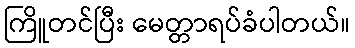
ကြိူတင်ပြီး မေတ္တာရပ်ခံပါတယ်။